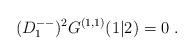
LaTeX: \begin{align*} (D^{--}_1)^2 G^{(1,1)}(1\vert 2) = 0\;.\end{align*}